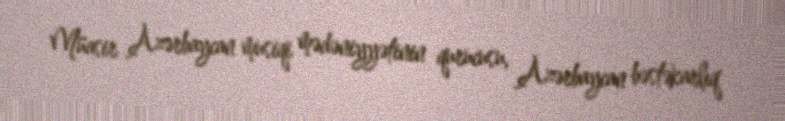
Müasir Azərbaycan musiqi mədəniyyətinin qurucusu, Azərbaycan bəstəkarlıq